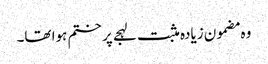
وہ مضمون زیادہ مثبت لہجے پر ختم ہوا تھا۔